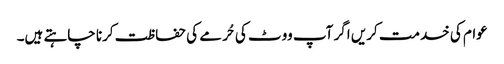
عوام کی خدمت کریں اگر آپ ووٹ کی حُرمے کی حفاظت کرنا چاہتے ہیں۔